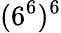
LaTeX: (6^{6})^{6}